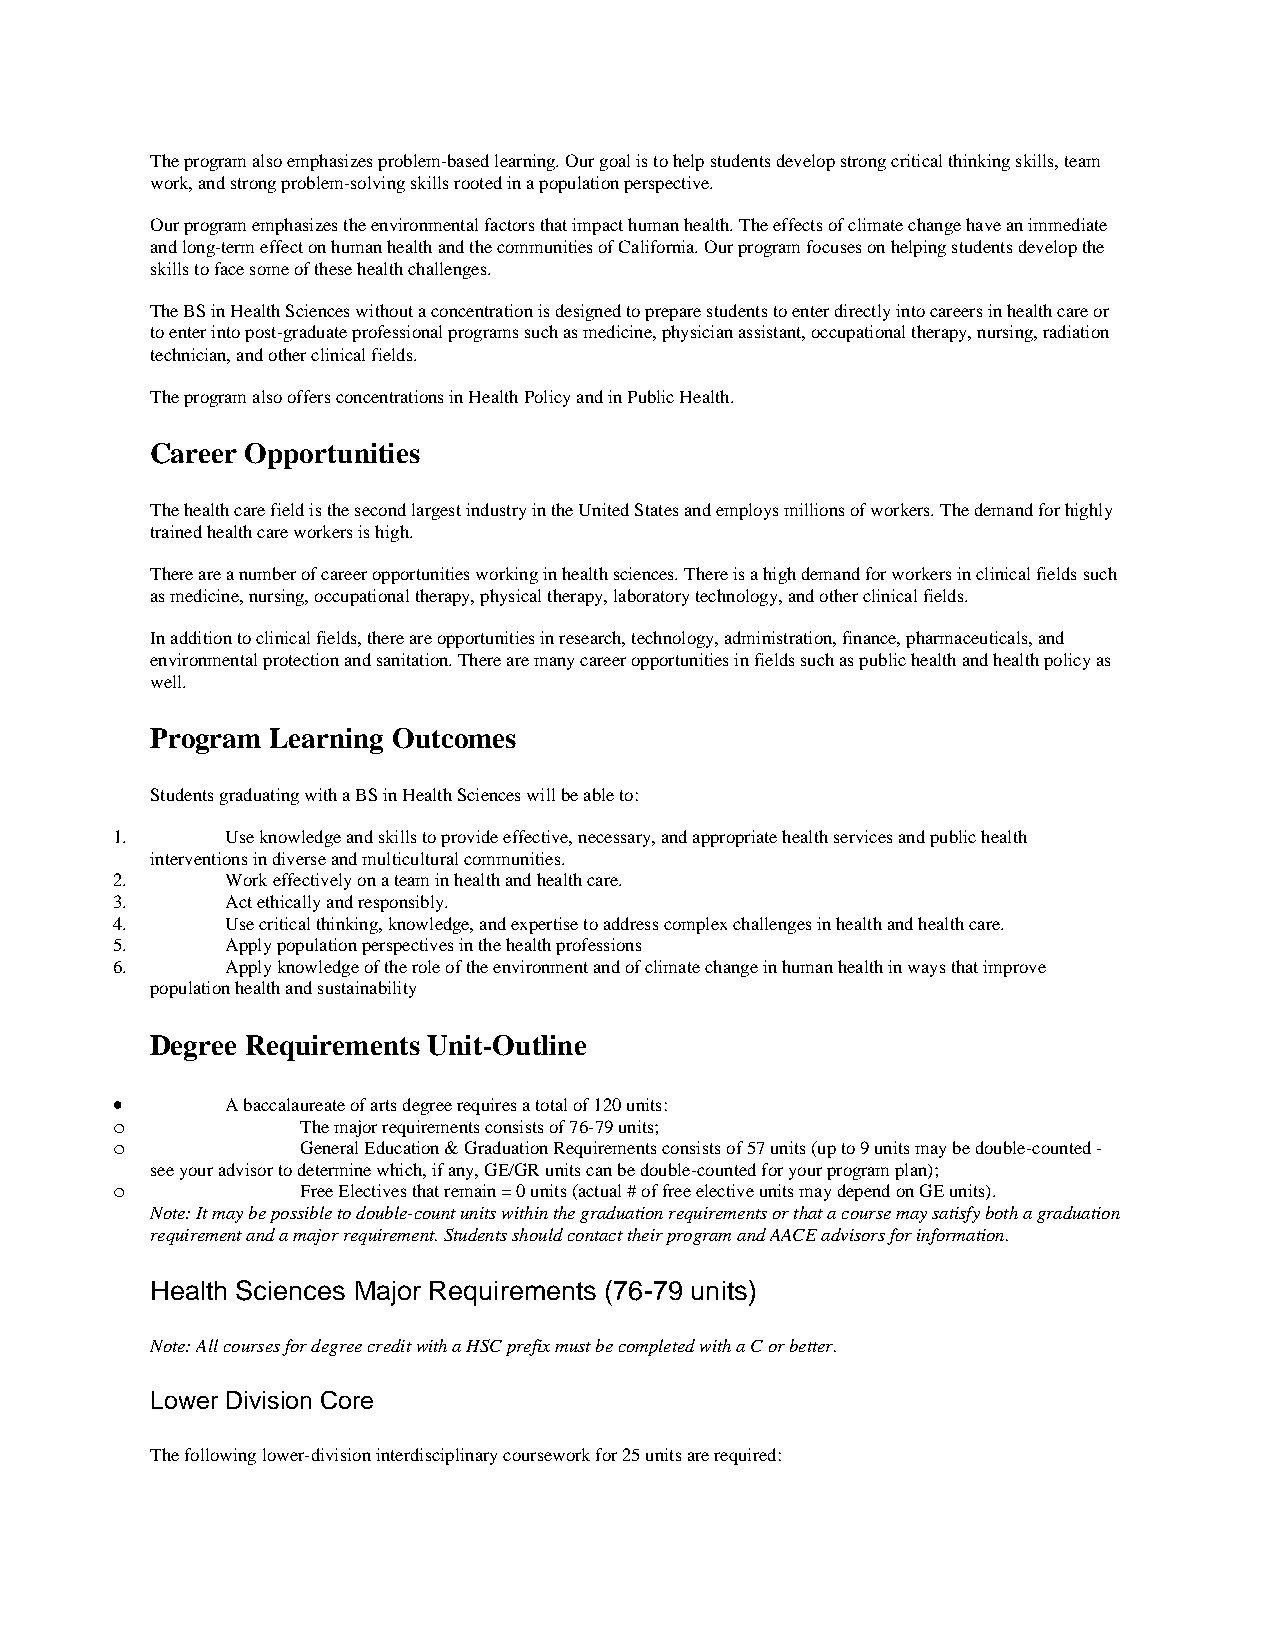
The program also emphasizes problem-based learning. Our goal is to help students develop strong critical thinking skills, team
 work, and strong problem-solving skills rooted in a population perspective.
 Our program emphasizes the environmental factors that impact human health. The effects of climate change have an immediate
 and long-term effect on human health and the communities of California. Our program focuses on helping students develop the
 skills to face some of these health challenges.
 The BS in Health Sciences without a concentration is designed to prepare students to enter directly into careers in health care or
 to enter into post-graduate professional programs such as medicine, physician assistant, occupational therapy, nursing, radiation
 technician, and other clinical fields.
 The program also offers concentrations in Health Policy and in Public Health.
 Career Opportunities
 The health care field is the second largest industry in the United States and employs millions of workers. The demand for highly
 trained health care workers is high.
 There are a number of career opportunities working in health sciences. There is a high demand for workers in clinical fields such
 as medicine, nursing, occupational therapy, physical therapy, laboratory technology, and other clinical fields.
 In addition to clinical fields, there are opportunities in research, technology, administration, finance, pharmaceuticals, and
 environmental protection and sanitation. There are many career opportunities in fields such as public health and health policy as
 well.
 Program Learning Outcomes
 Students graduating with a BS in Health Sciences will be able to:
 1.      Use knowledge and skills to provide effective, necessary, and appropriate health services and public health
 interventions in diverse and multicultural communities.
 2.      Work effectively on a team in health and health care.
 3.      Act ethically and responsibly.
 4.      Use critical thinking, knowledge, and expertise to address complex challenges in health and health care.
 5.      Apply population perspectives in the health professions
 6.      Apply knowledge of the role of the environment and of climate change in human health in ways that improve
 population health and sustainability
 Degree Requirements Unit-Outline
 •       A baccalaureate of arts degree requires a total of 120 units:
 o            The major requirements consists of 76-79 units;
 o            General Education & Graduation Requirements consists of 57 units (up to 9 units may be double-counted -
 see your advisor to determine which, if any, GE/GR units can be double-counted for your program plan);
 o            Free Electives that remain = 0 units (actual # of free elective units may depend on GE units).
 Note: It may be possible to double-count units within the graduation requirements or that a course may satisfy both a graduation
 requirement and a major requirement. Students should contact their program and AACE advisors for information.
 Health Sciences Major Requirements (76-79 units)
 Note: All courses for degree credit with a HSC prefix must be completed with a C or better.
 Lower Division Core
 The following lower-division interdisciplinary coursework for 25 units are required: